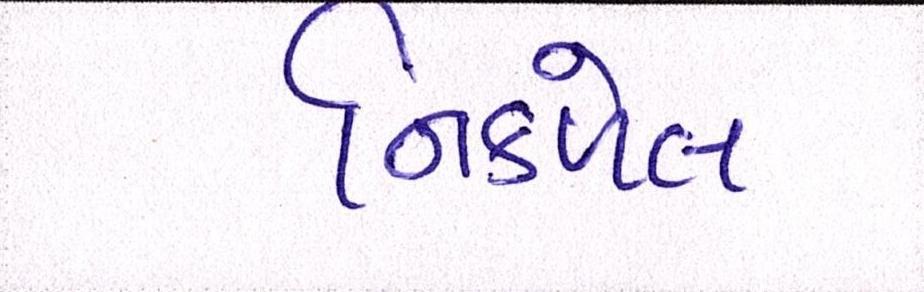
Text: નિકળેલ